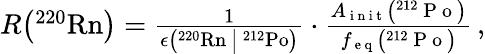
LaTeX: \begin{array}{r}{R\big(\mathrm{^{220}Rn}\big)=\frac{1}{\epsilon\big({}^{220}\mathrm{Rn}\, \big|\, {}^{212}\mathrm{Po}\big)}\cdot\frac{A_{\mathrm{~i~n~i~t~}}\big({}^{212}\mathrm{~P~o~}\big)}{f_{\mathrm{~e~q~}}\big({}^{212}\mathrm{~P~o~}\big)}\, ,}\end{array}